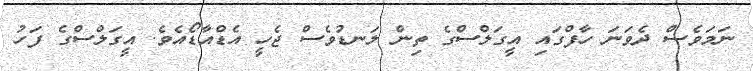
ނަމަވެސް ދެވަނަ ހާފްގައި އީގަލްސްގެ ތިން ލަނޑުވެސް ޖެހީ އެޑްއާޑޯއެވެ. އީގަލްސްގެ ފަހު